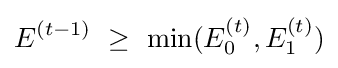
E^{(t-1)}~\geq ~\min(E_{0}^{(t)},E_{1}^{(t)})